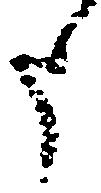
申